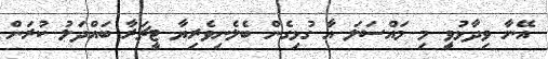
އޭނާ ވިދާޅުވީ މި މައްސަލަ އާ ގުޅިގެން ބެލެނިވެރިޔާ ޓީޗަރާ ބައްދަލު ކުރަން